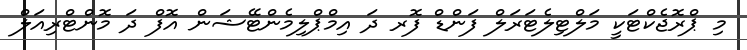
މި ޕްރޮޖެކްޓަކީ މަލްޓިލެޓަރަލް ފަންޑް ފޮރ ދަ އިމްޕްލިމެންޓޭޝަން އޮފް ދަ މޮންޓްރިއަލް